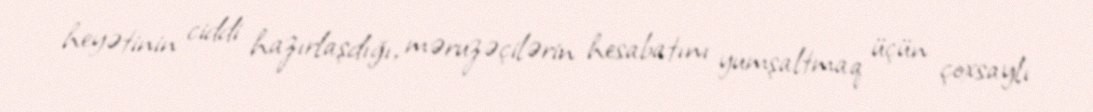
heyətinin ciddi hazırlaşdığı, məruzəçilərin hesabatını yumşaltmaq üçün çoxsaylı